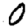
Digit: 0